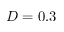
D = 0 . 3